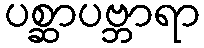
ပစ္ဆာပဗ္ဘာရာ